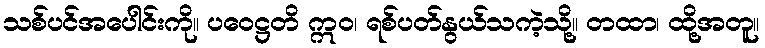
သစ်ပင်အပေါင်းကို။ ပဝေဋ္ဌတိ ဣဝ၊ ရစ်ပတ်နွယ်သကဲ့သို့။ တထာ၊ ထို့အတူ။